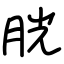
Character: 胱